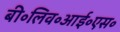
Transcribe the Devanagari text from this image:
बी॰लिव॰आई॰एस॰